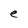
Character: e